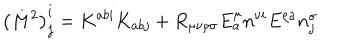
LaTeX: \left( M ^ { 2 } \right) _ { j } ^ { i } = K ^ { a b i } K _ { a b j } + R _ { \mu \nu \rho \sigma } E _ { a } ^ { \mu } n ^ { \nu i } E ^ { \rho a } n _ { j } ^ { \sigma }